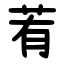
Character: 䒴